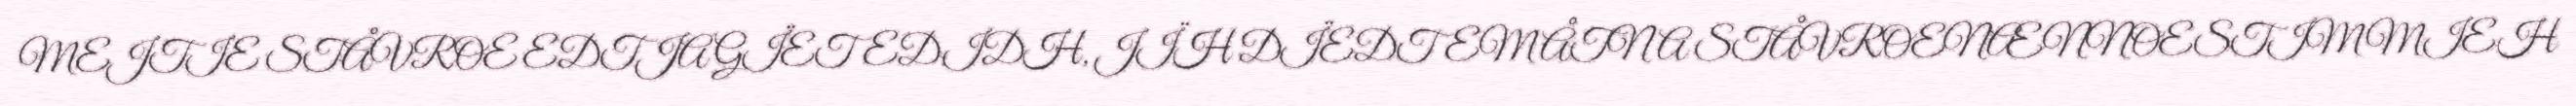
MEJTIE STÅVROE EDTJA GÏETEDIDH, JÏH DÏEDTEM ÅTNA STÅVROENÆNNOESTIMMIEH